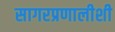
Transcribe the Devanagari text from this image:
सागरप्रणालीशी